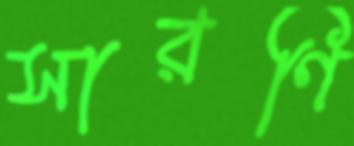
সারণি